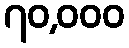
၇၀,၀၀၀